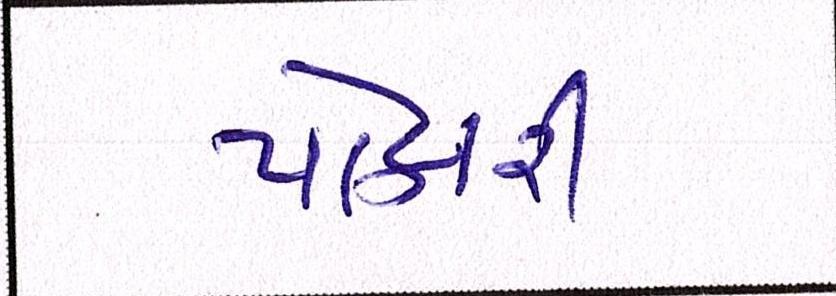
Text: પોકારી